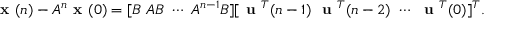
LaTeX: { \textbf { x } } ( n ) - A ^ { n } { \textbf { x } } ( 0 ) = [ B \, \, A B \, \, \cdots \, \, A ^ { n - 1 } B ] [ { \textbf { u } } ^ { T } ( n - 1 ) \, \, { \textbf { u } } ^ { T } ( n - 2 ) \, \, \cdots \, \, { \textbf { u } } ^ { T } ( 0 ) ] ^ { T } .